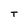
Character: T